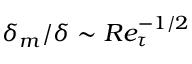
\delta _ { m } / \delta \sim R e _ { \tau } ^ { - 1 / 2 }